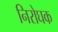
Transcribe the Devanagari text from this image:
निरोघक